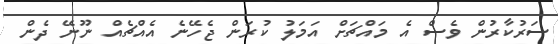
ސަރުކާރުން ވެސް އެ މައްޗަށް އަމަލު ކުރަން ޖެހޭނެ އެއްޗެއް ނޫނޭ ދެން